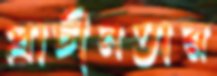
প্রাচীনতার